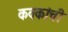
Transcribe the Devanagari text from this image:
कवकांची